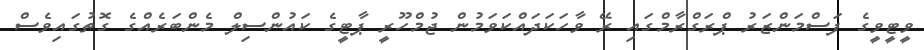
ވީޓީވީގެ ފަސްމަންޒަރު ޕްރަގްރާމްގައި ރޭ ވާހަކަދައްކަވަމުން ޖުމްހޫރީ ޕާޓީގެ ކައުންސިލް މެންބަރެއްގެ ގޮތުގައިވެސް